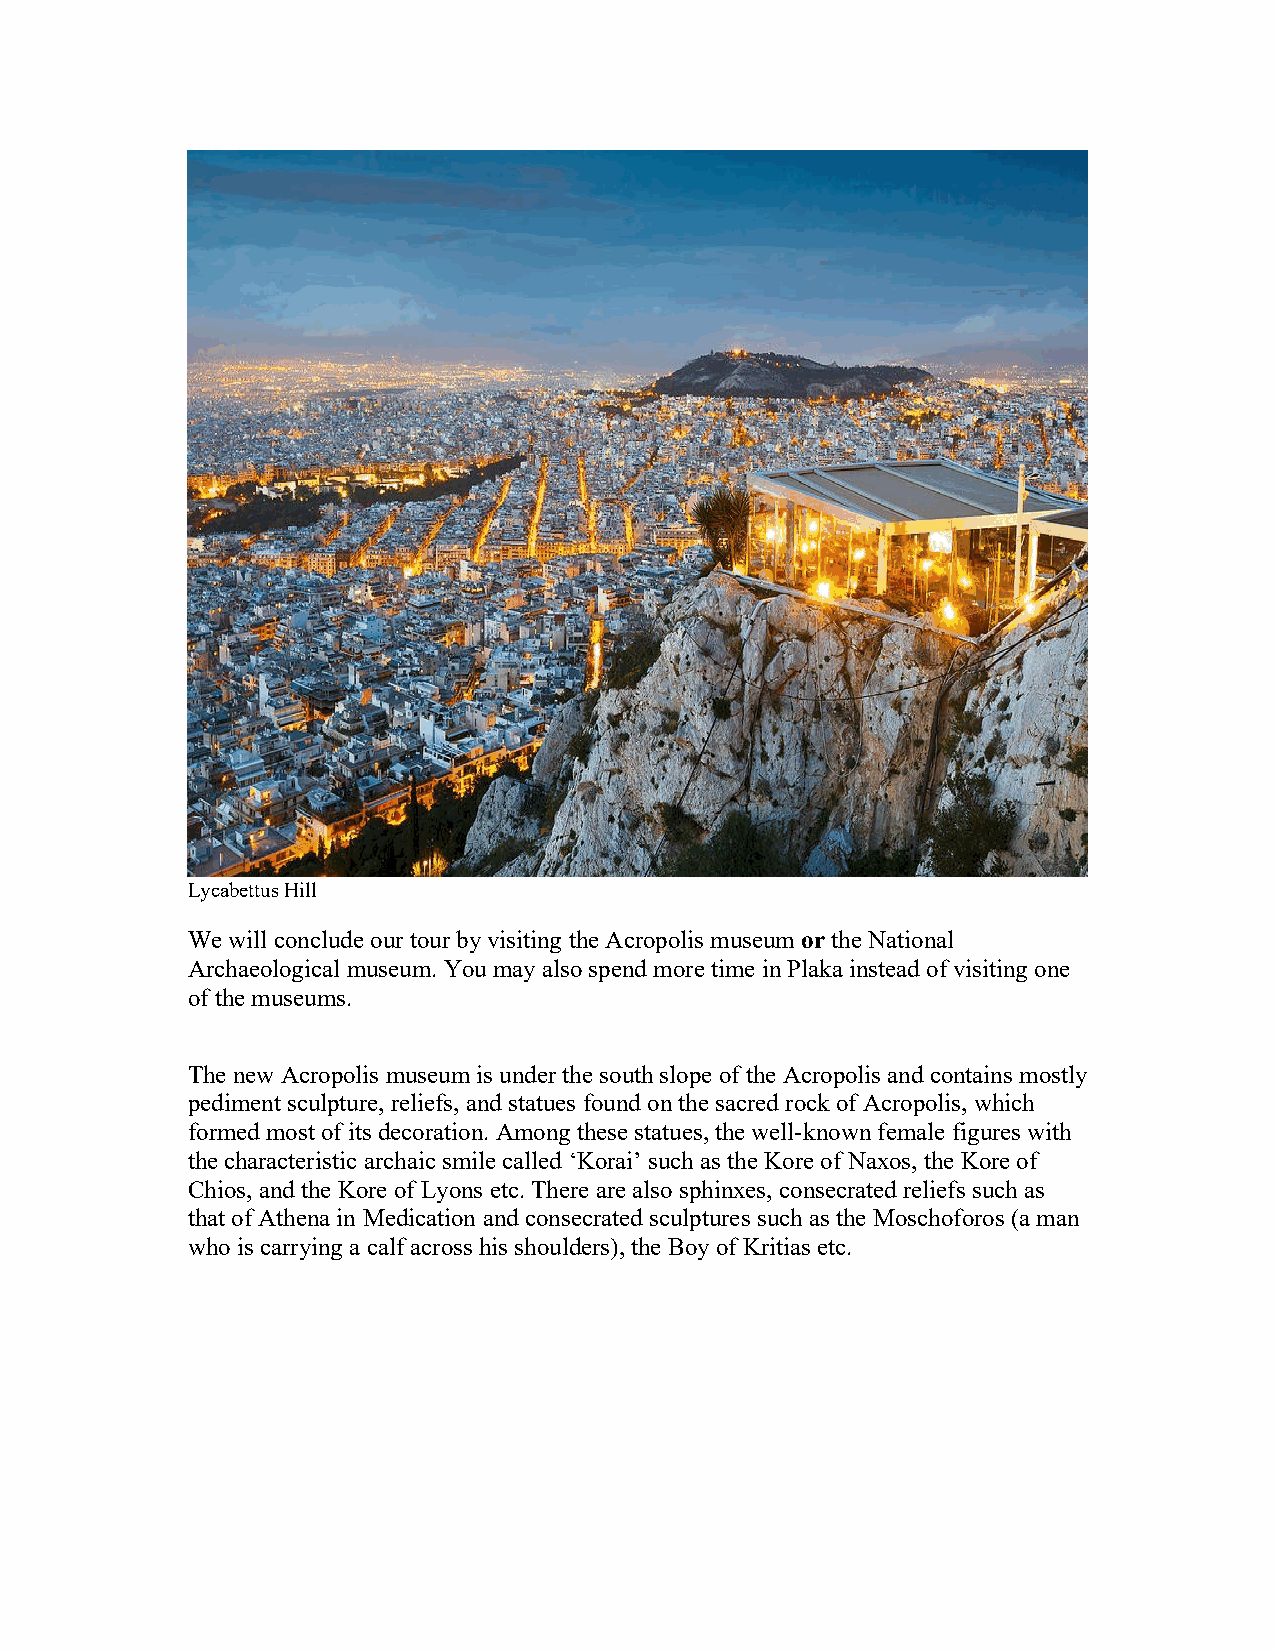
Lycabettus Hill
 We will conclude our tour by visiting the Acropolis museum or the National
 Archaeological museum. You may also spend more time in Plaka instead of visiting one
 of the museums.
 The new Acropolis museum is under the south slope of the Acropolis and contains mostly
 pediment sculpture, reliefs, and statues found on the sacred rock of Acropolis, which
 formed most of its decoration. Among these statues, the well-known female figures with
 the characteristic archaic smile called ‘Korai’ such as the Kore of Naxos, the Kore of
 Chios, and the Kore of Lyons etc. There are also sphinxes, consecrated reliefs such as
 that of Athena in Medication and consecrated sculptures such as the Moschoforos (a man
 who is carrying a calf across his shoulders), the Boy of Kritias etc.